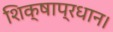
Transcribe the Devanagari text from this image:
शिक्षाप्रधान।